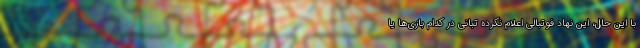
با این حال، این نهاد فوتبالی اعلام نکرده تبانی در کدام بازی‌ها یا